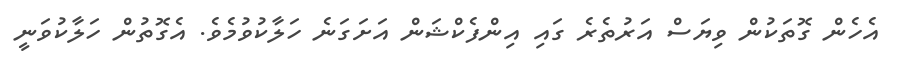
އެހެން ގޮތަކުން ވިޔަސް އަރުތެރެ ގައި އިންފެކްޝަން އަށަގަނެ ހަލާކުވުމެވެ. އެގޮތުން ހަލާކުވަނީ